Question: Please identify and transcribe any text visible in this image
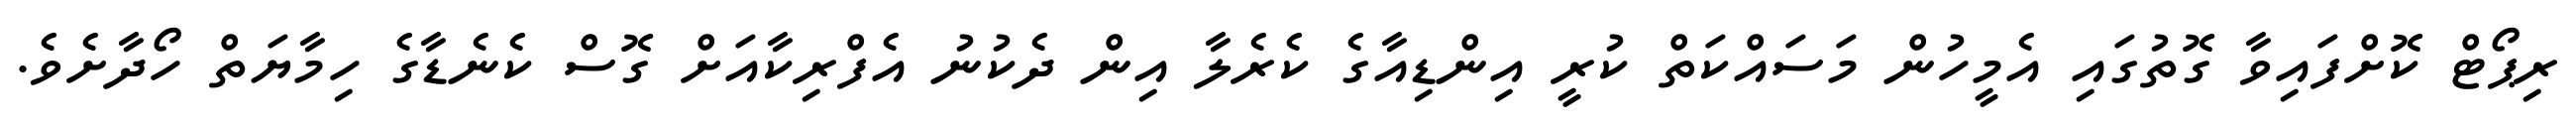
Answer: ރިޕޯޓް ކޮށްފައިވާ ގޮތުގައި އެމީހުން މަސައްކަތް ކުރީ އިންޑިއާގެ ކެރެލާ އިން ދެކުނު އެފްރިކާއަށް ގޮސް ކެނެޑާގެ ހިމާޔަތް ހޯދާށެވެ.